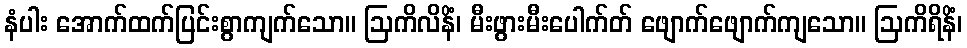
နံပါး အောက်ထက်ပြင်းစွာကျက်သော။ ဩကိလိနိံ၊ မီးဖွားမီးပေါက်တ် ဖျောက်ဖျောက်ကျသော။ ဩကိရိနိံ၊